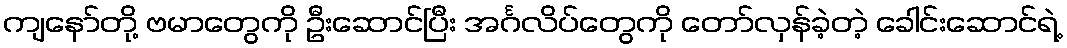
ကျနော်တို့ ဗမာတွေကို ဦးဆောင်ပြီး အင်္ဂလိပ်တွေကို တော်လှန်ခဲ့တဲ့ ခေါင်းဆောင်ရဲ့